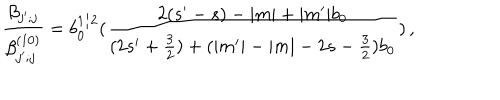
LaTeX: \frac { \beta _ { j ^ { \prime } ; j } } { \beta _ { j ^ { \prime } ; j } ^ { ( 1 0 ) } } = b _ { 0 } ^ { 1 / 2 } ( \frac { 2 ( s ^ { \prime } - s ) - | m | + | m ^ { \prime } | b _ { 0 } } { ( 2 s ^ { \prime } + \frac { 3 } { 2 } ) + ( | m ^ { \prime } | - | m | - 2 s - \frac { 3 } { 2 } ) b _ { 0 } } ) \, ,